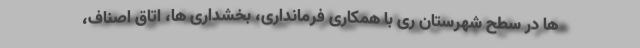
ها در سطح شهرستان ری با همکاری فرمانداری، بخشداری ها، اتاق اصناف،